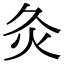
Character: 灸